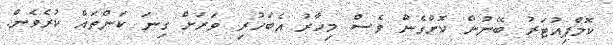
ކޮމްޕިއުޓަރު ބޭނުން ކޮށްގެން ވެސް މިހާރު އެބަހުރި ވަރަށް ގިނަ ކަންތައް ކުރެވެން.